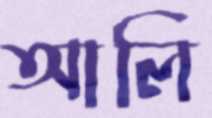
আলি